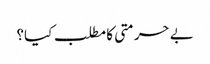
بے حرمتی کا مطلب کیا؟